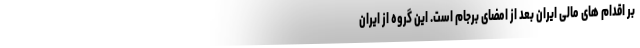
بر اقدام های مالی ایران بعد از امضای برجام است. این گروه از ایران